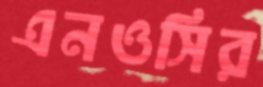
এনওসির